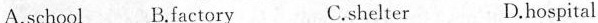
A.school B.Factory C.shelter D.hospital